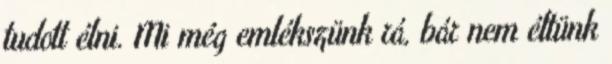
tudott élni. Mi még emlékszünk rá, bár nem éltünk